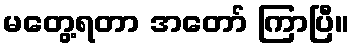
မတွေ့ရတာ အတော် ကြာပြီ။